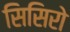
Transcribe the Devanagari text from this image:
सिसिरो